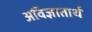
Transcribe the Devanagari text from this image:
अविज्ञातार्थ